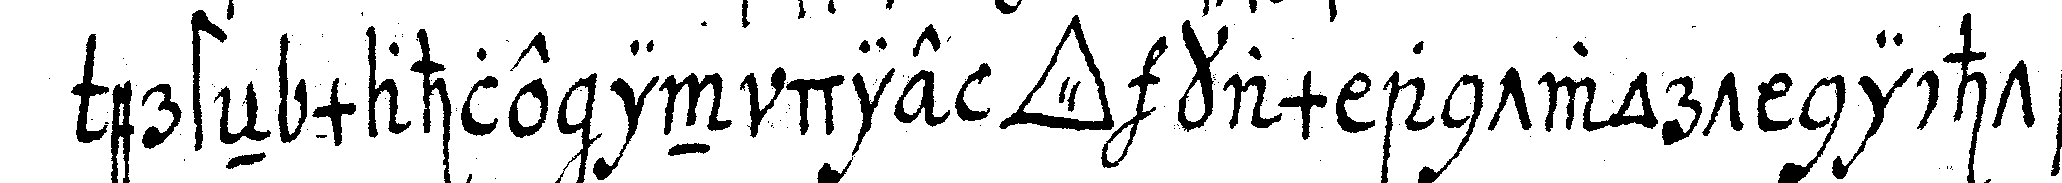
ersteN mahle in die *tri..* kam antwort nichts